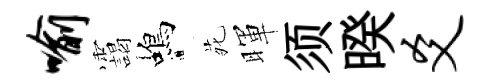
喻靄蝎𫟍暉须暌爻